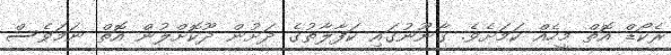
ރެކޯޑް އޮތް މީހެއް ކަމަށެވެ. ގާނޫނުގައި ކަފާލާތުގެ ދަށުން ދޫކޮށްލުން އޮތް ނަމަވެސް